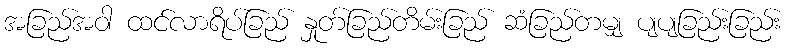
အခြည်အဝါ ထင်လာရိပ်ခြည် နှုတ်ခြည်တိမ်းခြည် ဆံခြည်တမျှ ပျပျခြည်းခြည်း